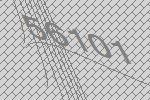
56101